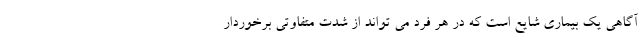
آگاهی یک بیماری شایع است که در هر فرد می تواند از شدت متفاوتی برخوردار